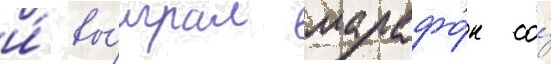
и́ вы́играл марафо́н со́